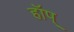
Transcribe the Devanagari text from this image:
हॉप्